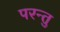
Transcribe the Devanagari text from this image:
परन्तु